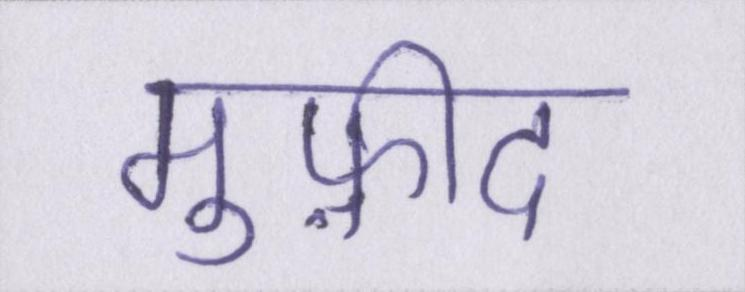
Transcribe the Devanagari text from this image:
मुफ़ीद